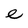
Character: e